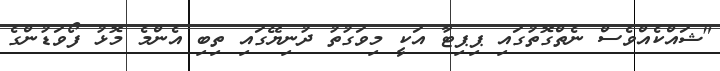
"ޝައްކެއްވެސް ނެތްގޮތުގައި ޕިޕިޓާ އަކީ މިވަގުތު ދުނިޔޭގައި ތިބި އެންމެ މޮޅު ފޯވަޑުންގެ